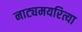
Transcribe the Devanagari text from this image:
नाट्यमयरित्या